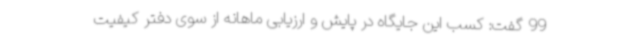
99 گفت: کسب این جایگاه در پایش و ارزیابی ماهانه از سوی دفتر کیفیت